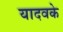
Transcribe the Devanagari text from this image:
यादवके